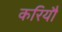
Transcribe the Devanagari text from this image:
करियौ